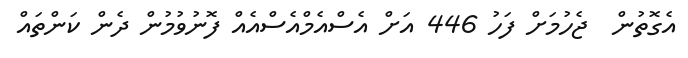
އެގޮތުން  ޖެހުމަށް ފަހު 446 އަށް އެސްއެމްއެސްއެއް ފޮނުވުމުން ދެން ކަންތައް